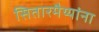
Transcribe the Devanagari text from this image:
सितारमैय्यांना